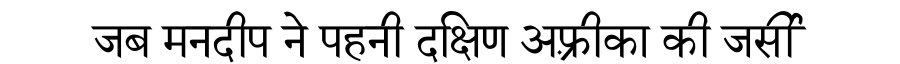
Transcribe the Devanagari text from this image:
जब मनदीप ने पहनी दक्षिण अफ़्रीका की जर्सी